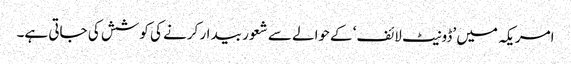
امریکہ میں ’ڈونیٹ لائف‘ کےحوالے سے شعور بیدار کرنے کی کوشش کی جاتی ہے۔